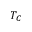
T _ { C }